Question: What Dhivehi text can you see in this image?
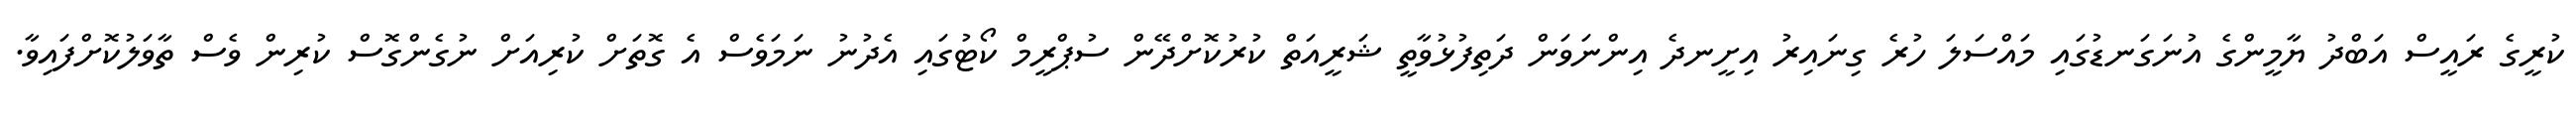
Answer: ކުރީގެ ރައީސް އަބްދު ޔާމީންގެ އުނަގަނޑުގައި މައްސަލަ ހުރެ ގިނައިރު އިށީނދެ އިންނަވަން ދަތިފުޅުވާތީ ޝަރީއަތް ކުރުކޮށްދޭން ސުޕްރީމް ކޯޓުގައި އެދުނު ނަމަވެސް އެ ގޮތަށް ކުރިއަށް ނުގެންގޮސް ކުރިން ވެސް ތާވަލުކޮށްފައިވާ.